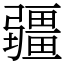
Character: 疆